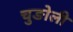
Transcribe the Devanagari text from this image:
चुङोली